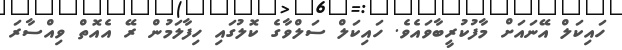
ހައިކަލް އޭނައަށް މާފުކުރީބާވައެވެ. ހައިކަލް ސަލްވާގެ ކޮލުގައި ހިފާލަމުން ރޭ އެއޮތް ވިއްސާރަ